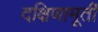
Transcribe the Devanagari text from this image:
दक्षिणामूर्ती